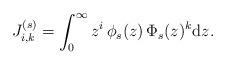
LaTeX: \begin{align*}J_{i,k}^{(s)}=\int_0^\infty z^i\,\phi_s(z)\,\Phi_s(z)^k \mathrm{d}z.\end{align*}